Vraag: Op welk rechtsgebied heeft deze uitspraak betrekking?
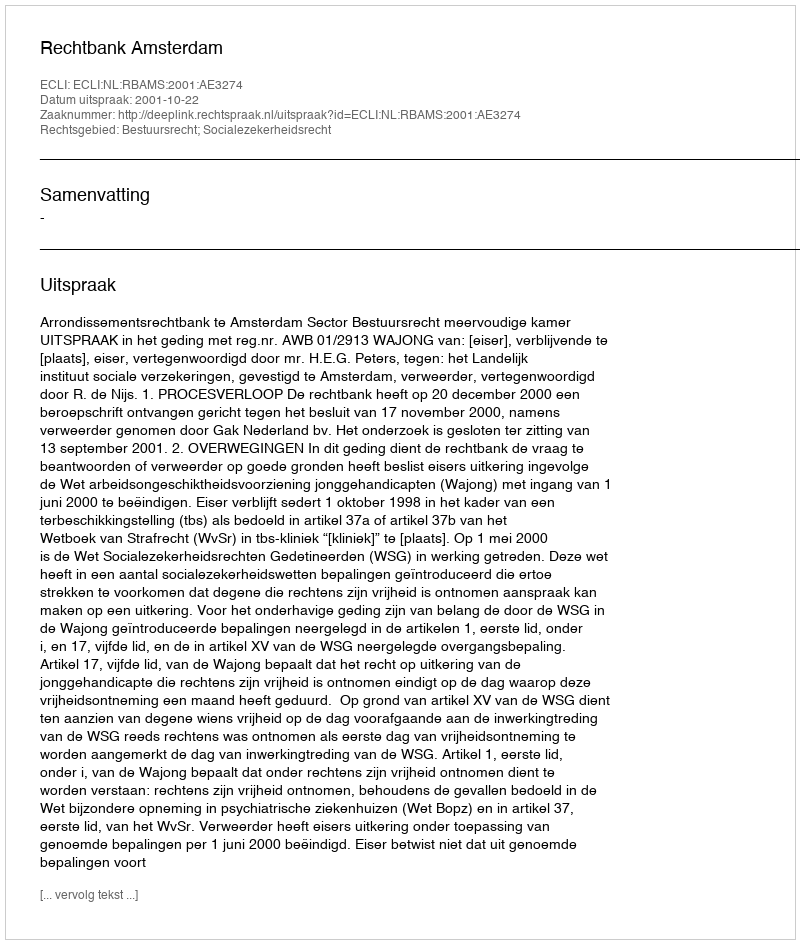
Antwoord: Bestuursrecht; Socialezekerheidsrecht